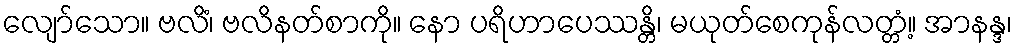
လျော်သော။ ဗလိံ၊ ဗလိနတ်စာကို။ နော ပရိဟာပေဿန္တိ၊ မယုတ်စေကုန်လတ္တံ့။ အာနန္ဒ၊